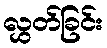
လွှတ်ခြင်း